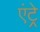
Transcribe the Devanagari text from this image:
एंट्रे